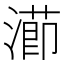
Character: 𭲝